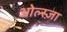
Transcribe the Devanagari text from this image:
ओल्स्ज़ा